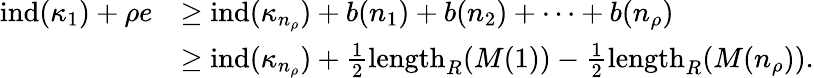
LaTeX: \begin{array}{rl}{\operatorname{ind}(\kappa_{1})+\rho e}&{\geq\operatorname{ind}(\kappa_{n_{\rho}})+b(n_{1})+b(n_{2})+\cdots+b(n_{\rho})}\\ &{\geq\operatorname{ind}(\kappa_{n_{\rho}})+\frac{1}{2}\mathrm{length}_{R}(M(1))-\frac{1}{2}\mathrm{length}_{R}(M(n_{\rho})).}\end{array}